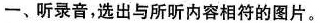
一、听录音，选出与所听内容相符的图片。